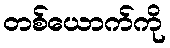
တစ်ယောက်ကို